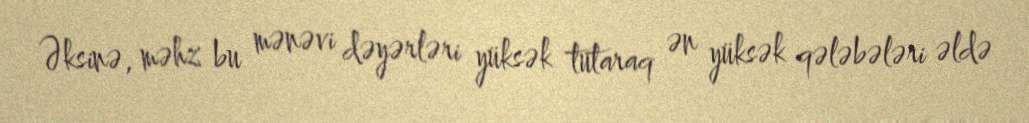
Əksinə, məhz bu mənəvi dəyərləri yüksək tutaraq ən yüksək qələbələri əldə